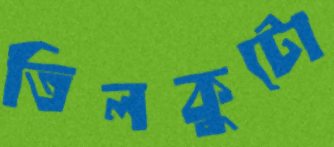
তিলকুটো